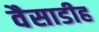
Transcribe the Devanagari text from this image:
वैसाडीह